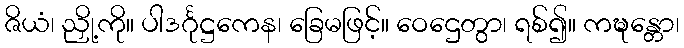
ဇိယံ၊ ညှို့ကို။ ပါဒင်္ဂုဋ္ဌကေန၊ ခြေမဖြင့်။ ဝေဌေတွာ၊ ရစ်၍။ ကဍ္ဎန္တော၊